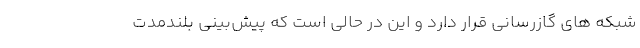
شبکه های گازرسانی قرار دارد و این در حالی است که پیش‌بینی بلندمدت